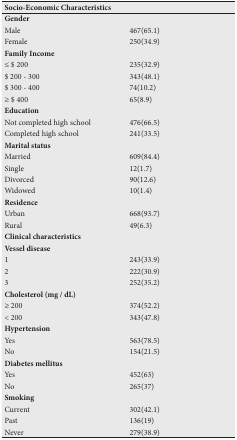
<table><thead><tr><td><b>Socio-Economic Characteristics</b></td><td></td></tr></thead><tbody><tr><td><b>Gender</b></td><td></td></tr><tr><td>Male</td><td>467(65.1)</td></tr><tr><td>Female</td><td>250(34.9)</td></tr><tr><td><b>Family Income</b></td><td></td></tr><tr><td>≤ $ 200</td><td>235(32.9)</td></tr><tr><td>$ 200 - 300</td><td>343(48.1)</td></tr><tr><td>$ 300 - 400</td><td>74(10.2)</td></tr><tr><td>≥ $ 400</td><td>65(8.9)</td></tr><tr><td><b>Education</b></td><td></td></tr><tr><td>Not completed high school</td><td>476(66.5)</td></tr><tr><td>Completed high school</td><td>241(33.5)</td></tr><tr><td><b>Marital status</b></td><td></td></tr><tr><td>Married</td><td>609(84.4)</td></tr><tr><td>Single</td><td>12(1.7)</td></tr><tr><td>Divorced</td><td>90(12.6)</td></tr><tr><td>Widowed</td><td>10(1.4)</td></tr><tr><td><b>Residence</b></td><td></td></tr><tr><td>Urban</td><td>668(93.7)</td></tr><tr><td>Rural</td><td>49(6.3)</td></tr><tr><td><b>Clinical characteristics Vessel disease</b></td><td></td></tr><tr><td>1</td><td>243(33.9)</td></tr><tr><td>2</td><td>222(30.9)</td></tr><tr><td>3</td><td>252(35.2)</td></tr><tr><td><b>Cholesterol (mg / dL)</b></td><td></td></tr><tr><td>≥ 200</td><td>374(52.2)</td></tr><tr><td>&lt; 200</td><td>343(47.8)</td></tr><tr><td><b>Hypertension</b></td><td></td></tr><tr><td>Yes</td><td>563(78.5)</td></tr><tr><td>No</td><td>154(21.5)</td></tr><tr><td><b>Diabetes mellitus</b></td><td></td></tr><tr><td>Yes</td><td>452(63)</td></tr><tr><td>No</td><td>265(37)</td></tr><tr><td><b>Smoking</b></td><td></td></tr><tr><td>Current</td><td>302(42.1)</td></tr><tr><td>Past</td><td>136(19)</td></tr><tr><td>Never</td><td>279(38.9)</td></tr></tbody></table>